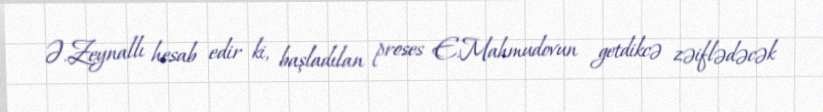
Ə.Zeynallı hesab edir ki, başladılan proses E.Mahmudovun getdikcə zəiflədəcək